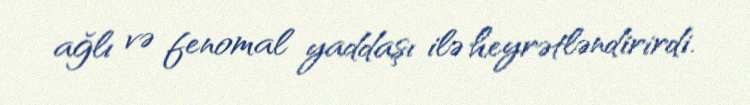
ağlı və fenomal yaddaşı ilə heyrətləndirirdi.